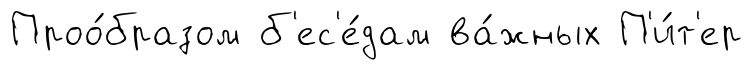
Проо́бразом б'ес'е́дам ва́жных П'и́т'ер